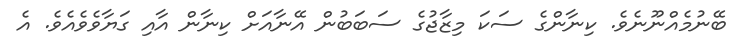
ބޭނުމެއްނޫނެވެ. ކިނާންގެ ސަކަ މިޒާޖުގެ ސަބަބުން އޭނާއަށް ކިނާން އާއި ގަޔާވެވެއެވެ. އެ